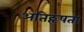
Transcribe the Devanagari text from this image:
अतिहृषता